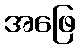
အဖြေ